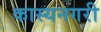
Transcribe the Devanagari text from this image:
कास्यनगरी